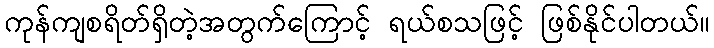
ကုန်ကျစရိတ်ရှိတဲ့အတွက်ကြောင့် ရယ်စသဖြင့် ဖြစ်နိုင်ပါတယ်။